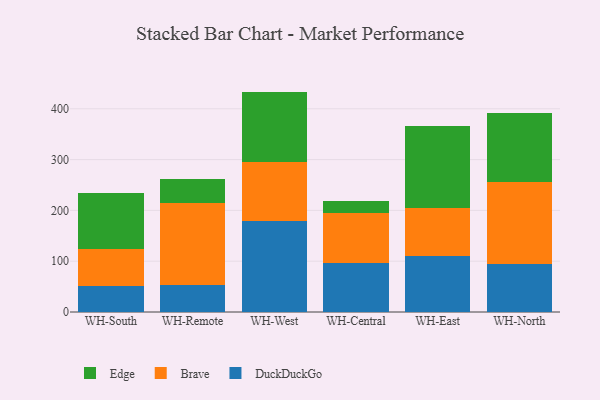
{"axis": {"x": "Warehouse", "y": "Satisfaction Score"}, "legend": ["Brave", "DuckDuckGo", "Edge"], "data": [{"x": "WH-South", "y": 50.3, "type": "DuckDuckGo"}, {"x": "WH-South", "y": 73.2, "type": "Brave"}, {"x": "WH-South", "y": 110.3, "type": "Edge"}, {"x": "WH-Remote", "y": 53.7, "type": "DuckDuckGo"}, {"x": "WH-Remote", "y": 160.7, "type": "Brave"}, {"x": "WH-Remote", "y": 48.1, "type": "Edge"}, {"x": "WH-West", "y": 179.2, "type": "DuckDuckGo"}, {"x": "WH-West", "y": 115.3, "type": "Brave"}, {"x": "WH-West", "y": 139.3, "type": "Edge"}, {"x": "WH-Central", "y": 95.7, "type": "DuckDuckGo"}, {"x": "WH-Central", "y": 100.0, "type": "Brave"}, {"x": "WH-Central", "y": 22.6, "type": "Edge"}, {"x": "WH-East", "y": 110.0, "type": "DuckDuckGo"}, {"x": "WH-East", "y": 94.8, "type": "Brave"}, {"x": "WH-East", "y": 162.0, "type": "Edge"}, {"x": "WH-North", "y": 95.4, "type": "DuckDuckGo"}, {"x": "WH-North", "y": 161.3, "type": "Brave"}, {"x": "WH-North", "y": 135.3, "type": "Edge"}]}